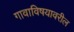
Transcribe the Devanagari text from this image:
गावाविषयावरील